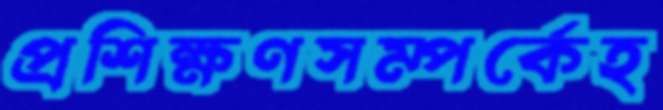
প্রশিক্ষণসম্পর্কেহ